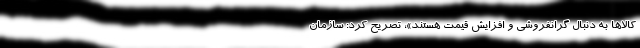
کالاها به دنبال گرانفروشی و افزایش قیمت هستند»، تصریح کرد: سازمان